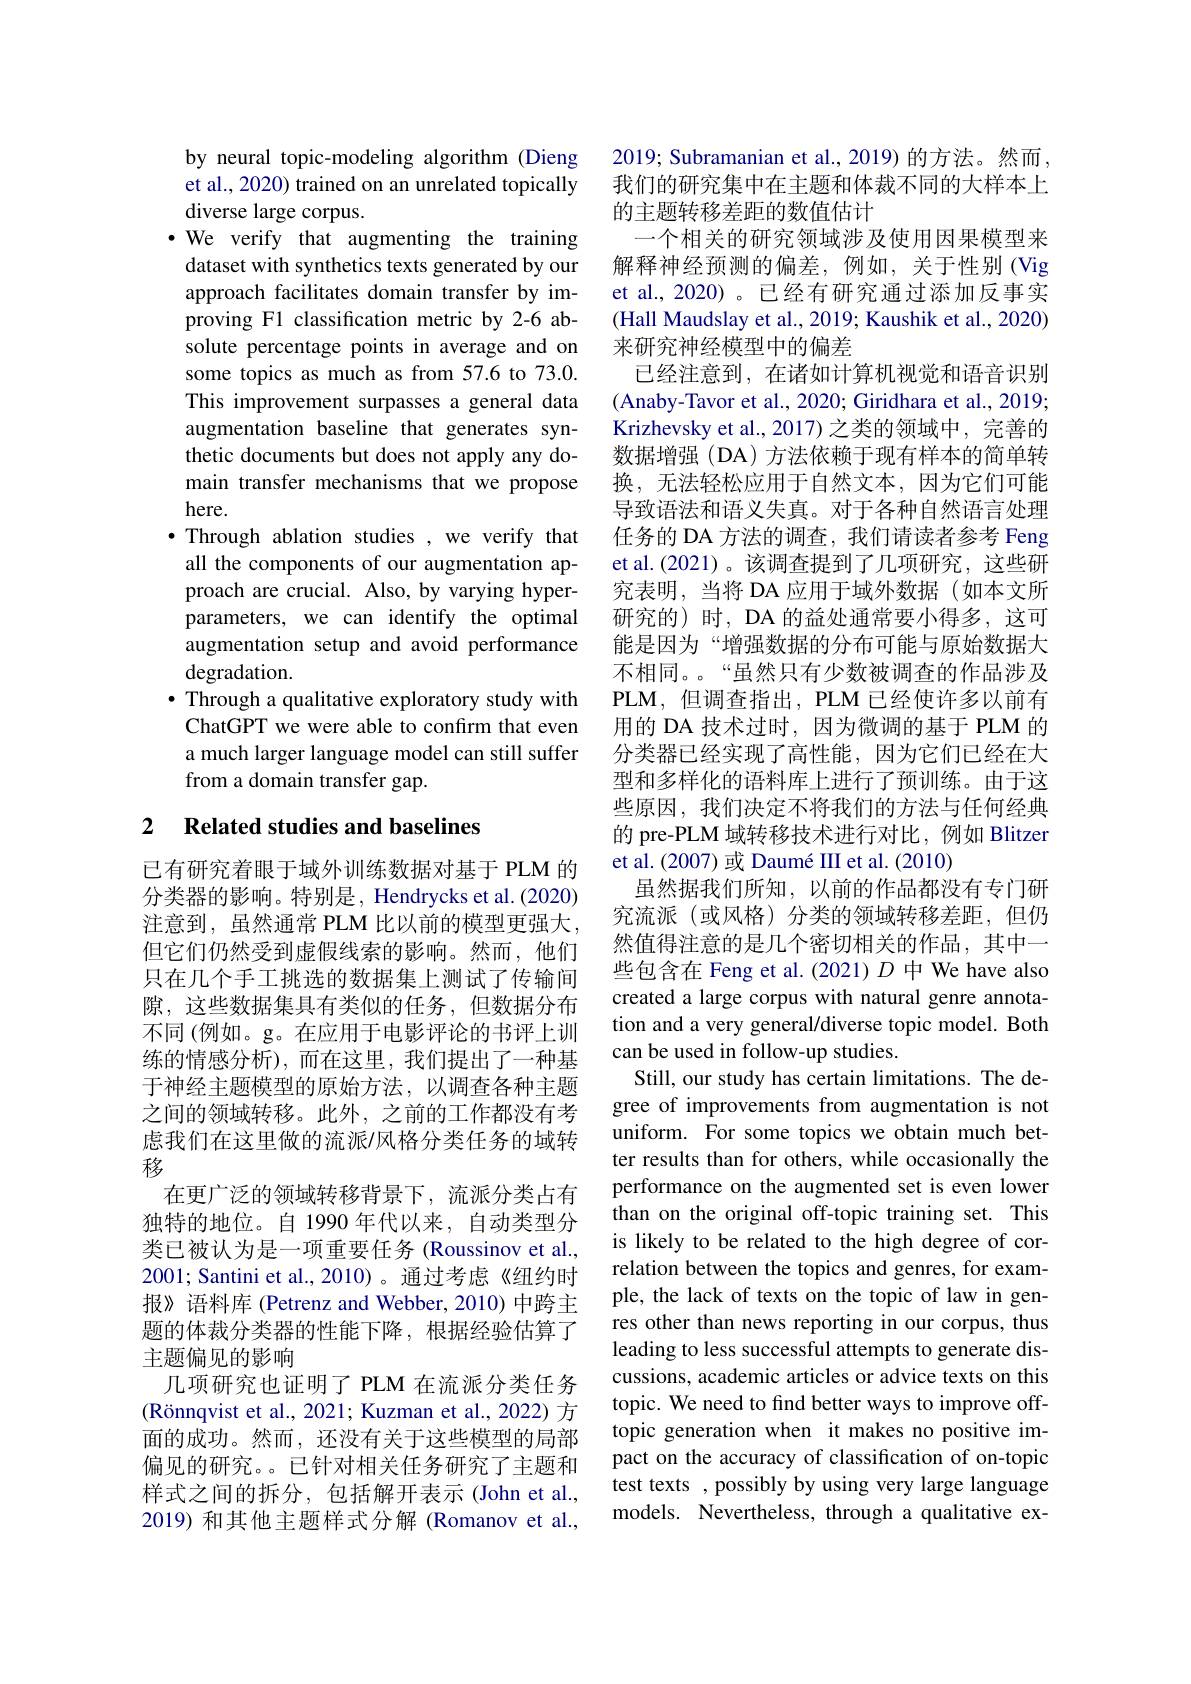
by neural topic-modeling algorithm (Dieng et al., 2020) trained on an unrelated topically diverse large corpus.
·We verify that augmenting the training dataset with synthetics texts generated by our approach facilitates domain transfer by improving F1 classification metric by 2-6 absolute percentage points in average and on some topics as much as from 57.6 to 73.0. This improvement surpasses a general data augmentation baseline that generates synthetic documents but does not apply any domain transfer mechanisms that we propose here.
$\bullet$ Through ablation studies, we verify that all the components of our augmentation approach are crucial. Also, by varying hyperparameters, we can identify the optimal augmentation setup and avoid performance degradation.
· Through a qualitative exploratory study with ChatGPT we were able to confirm that even a much larger language model can still suffer from a domain transfer gap.

## 2 $\textbf{Related studies and baselines}$

已有研究着眼于域外训练数据对基于 PLM 的分类器的影响。特别是，Hendrycks et al.(2020) 注意到，虽然通常 PLM 比以前的模型更强大， 但它们仍然受到虚假线索的影响。然而，他们只在几个手工挑选的数据集上测试了传输间隙，这些数据集具有类似的任务，但数据分布不同(例如。g。在应用于电影评论的书评上训练的情感分析),而在这里，我们提出了一种基于神经主题模型的原始方法，以调查各种主题之间的领域转移。此外，之前的工作都没有考虑我们在这里做的流派/风格分类任务的域转移
在更广泛的领域转移背景下，流派分类占有独特的地位。自 1990 年代以来，自动类型分类已被认为是一项重要任务 (Roussinov et al., 2001; Santini et al.,2010)。通过考虑《纽约时报》语料库 (Petrenz and Webber,2010)中跨主题的体裁分类器的性能下降，根据经验估算了主题偏见的影响
几项研究也证明了 PLM 在流派分类任务$( \text{R\"{o} nnqvist et al. , 2021; Kuzman et al. , 2022) 方 }$ 面的成功。然而，还没有关于这些模型的局部偏见的研究。。已针对相关任务研究了主题和样式之间的拆分，包括解开表示(John et al., 2019) 和其他主题样式分解 (Romanov et al.,

2019; Subramanian et al., 2019) 的方法。然而， 我们的研究集中在主题和体裁不同的大样本上的主题转移差距的数值估计
一个相关的研究领域涉及使用因果模型来解释神经预测的偏差，例如，关于性别 (Vig et al., 2020) 。已经有研究通过添加反事实(Hall Maudslay et al., 2019; Kaushik et al., 2020) 来研究神经模型中的偏差
已经注意到，在诸如计算机视觉和语音识别(Anaby-Tavor et al., 2020; Giridhara et al., 2019; Krizhevsky et al.,2017)之类的领域中，完善的数据增强(DA)方法依赖于现有样本的简单转换，无法轻松应用于自然文本，因为它们可能导致语法和语义失真。对于各种自然语言处理任务的 DA 方法的调查，我们请读者参考 Feng et al.(2021)。该调查提到了几项研究，这些研究表明，当将 DA 应用于域外数据(如本文所研究的) 时，DA 的益处通常要小得多，这可能是因为“增强数据的分布可能与原始数据大不相同。。“虽然只有少数被调查的作品涉及PLM,但调查指出，PLM 已经使许多以前有用的 DA 技术过时，因为微调的基于 PLM 的分类器已经实现了高性能，因为它们已经在大型和多样化的语料库上进行了预训练。由于这些原因，我们决定不将我们的方法与任何经典的 pre-PLM 域转移技术进行对比，例如 Blitzer et al. (2007) 或 Daumé III et al. (2010)
虽然据我们所知，以前的作品都没有专门研究流派(或风格)分类的领域转移差距，但仍然值得注意的是几个密切相关的作品，其中一些包含在 Feng et al.(2021) $D$中 We have also created a large corpus with natural genre annotation and a very general/diverse topic model. Both can be used in follow-up studies
Still, our study has certain limitations. The degree of improvements from augmentation is not uniform. For some topics we obtain much better results than for others, while occasionally the performance on the augmented set is even lower than on the original off-topic training set. This is likely to be related to the high degree of correlation between the topics and genres, for example, the lack of texts on the topic of law in genres other than news reporting in our corpus, thus leading to less successful attempts to generate discussions, academic articles or advice texts on this topic. We need to find better ways to improve offtopic generation when it makes no positive impact on the accuracy of classification of on-topic test texts , possibly by using very large language models. Nevertheless, through a qualitative ex-